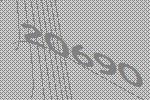
20690